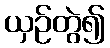
ယှဉ်တွဲ၍